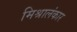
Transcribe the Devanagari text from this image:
मिश्रालंकार